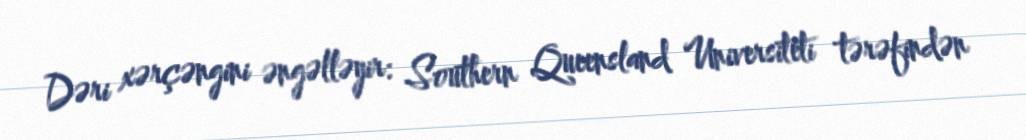
Dəri xərçəngini əngəlləyir: Southern Queensland Universiteti tərəfindən